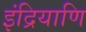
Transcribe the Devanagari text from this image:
इंद्रियाणि